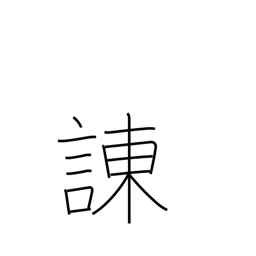
Meaning: admonish